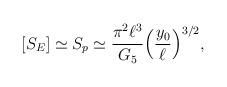
LaTeX: \begin{align*}[S_E]\simeq S_p \simeq \frac{\pi^2 \ell^3}{G_5} \Bigl(\frac{y_0}{\ell} \Bigr)^{3/2},\end{align*}